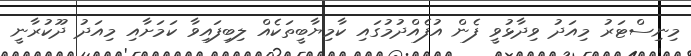
މިނިސްޓަރު މިއަދު ވިދާޅުވީ ފެން އުފެއްދުމުގައި ކާމިޔާބީތަކެއް ލިބިފައިވާ ކަމަށާއި މިއަދު ދޫކުރާނީ